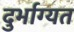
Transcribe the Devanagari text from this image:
दुर्भाग्यत